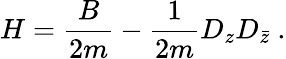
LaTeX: H=\frac{B}{2m}-\frac{1}{2m}D_{z}D_{\bar{z}}\ .